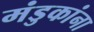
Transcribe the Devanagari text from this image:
मंडुकांना